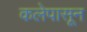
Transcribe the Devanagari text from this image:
कलेपासून